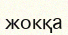
жокқа